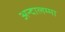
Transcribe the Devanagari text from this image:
अन्दालम्मा